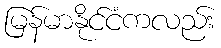
မြန်မာနိုင်ငံကလည်း